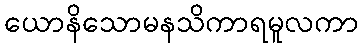
ယောနိသောမနသိကာရမူလကာ